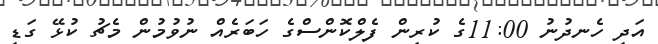
އަދި ހެނދުނު 11:00ގެ ކުރިން ފެލްކޮންސްގެ ހަބަރެއް ނުވުމުން މެޗު ކުޅޭ ގަޑި